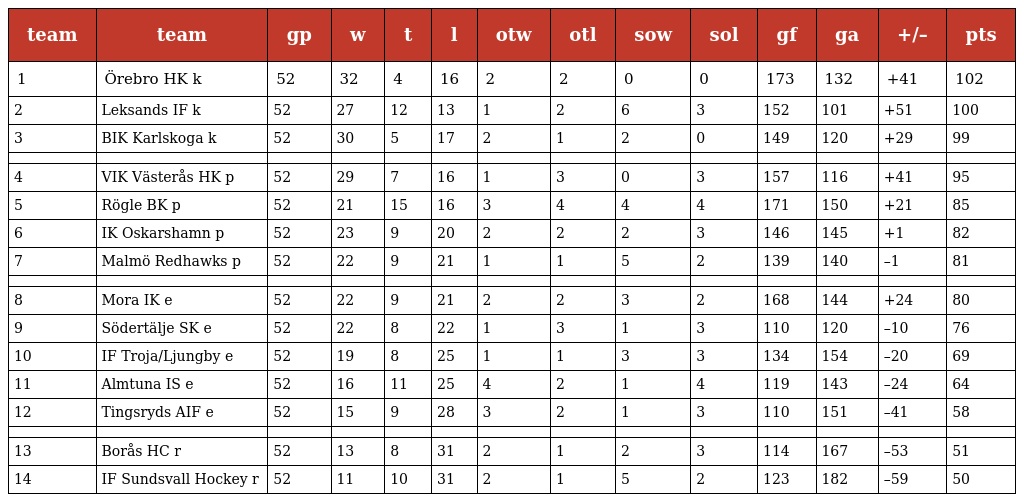
| team | team | gp | w | t | l | otw | otl | sow | sol | gf | ga | +/– | pts |
 | --- | --- | --- | --- | --- | --- | --- | --- | --- | --- | --- | --- | --- | --- |
 | 1 | Örebro HK k | 52 | 32 | 4 | 16 | 2 | 2 | 0 | 0 | 173 | 132 | +41 | 102 |
 | 2 | Leksands IF k | 52 | 27 | 12 | 13 | 1 | 2 | 6 | 3 | 152 | 101 | +51 | 100 |
 | 3 | BIK Karlskoga k | 52 | 30 | 5 | 17 | 2 | 1 | 2 | 0 | 149 | 120 | +29 | 99 |
 |  |  |  |  |  |  |  |  |  |  |  |  |  |  |
 | 4 | VIK Västerås HK p | 52 | 29 | 7 | 16 | 1 | 3 | 0 | 3 | 157 | 116 | +41 | 95 |
 | 5 | Rögle BK p | 52 | 21 | 15 | 16 | 3 | 4 | 4 | 4 | 171 | 150 | +21 | 85 |
 | 6 | IK Oskarshamn p | 52 | 23 | 9 | 20 | 2 | 2 | 2 | 3 | 146 | 145 | +1 | 82 |
 | 7 | Malmö Redhawks p | 52 | 22 | 9 | 21 | 1 | 1 | 5 | 2 | 139 | 140 | –1 | 81 |
 |  |  |  |  |  |  |  |  |  |  |  |  |  |  |
 | 8 | Mora IK e | 52 | 22 | 9 | 21 | 2 | 2 | 3 | 2 | 168 | 144 | +24 | 80 |
 | 9 | Södertälje SK e | 52 | 22 | 8 | 22 | 1 | 3 | 1 | 3 | 110 | 120 | –10 | 76 |
 | 10 | IF Troja/Ljungby e | 52 | 19 | 8 | 25 | 1 | 1 | 3 | 3 | 134 | 154 | –20 | 69 |
 | 11 | Almtuna IS e | 52 | 16 | 11 | 25 | 4 | 2 | 1 | 4 | 119 | 143 | –24 | 64 |
 | 12 | Tingsryds AIF e | 52 | 15 | 9 | 28 | 3 | 2 | 1 | 3 | 110 | 151 | –41 | 58 |
 |  |  |  |  |  |  |  |  |  |  |  |  |  |  |
 | 13 | Borås HC r | 52 | 13 | 8 | 31 | 2 | 1 | 2 | 3 | 114 | 167 | –53 | 51 |
 | 14 | IF Sundsvall Hockey r | 52 | 11 | 10 | 31 | 2 | 1 | 5 | 2 | 123 | 182 | –59 | 50 |